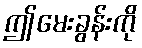
ဤမေးခွန်းကို